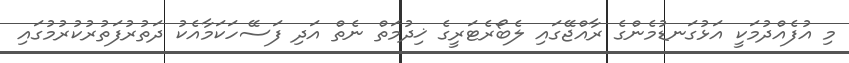
މި އުފެއްދުމަކީ އަޅުގަނޑުމެންގެ ރާއްޖޭގައި ލެބޯރެޓަރީގެ ޚިދުމަތް ނެތް އަދި ފަސޭހަކަމާއެކު ދަތުރުފަތުރުކުރުމުގައި